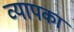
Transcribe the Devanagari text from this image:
व्यापका